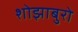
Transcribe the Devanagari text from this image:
शोझाबुरो